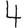
Digit: 4